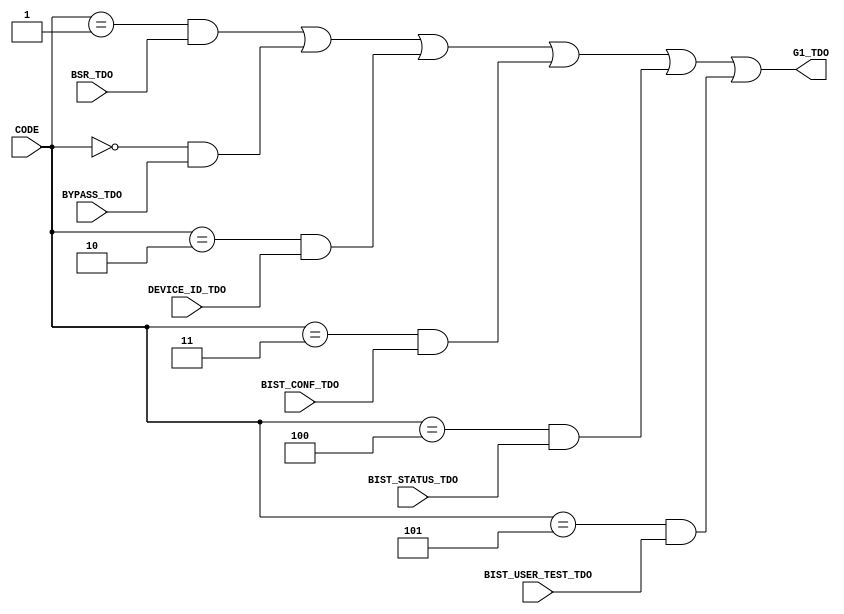
`timescale 1ns / 1ps
//////////////////////////////////////////////////////////////////////////////////
// Company: 
// Engineer: 
// 
// Design Name: 
// Module Name:    g1 
// Project Name: 
// Target Devices: 
// Tool versions: 
// Description: 
//
// Dependencies: 
//
// Revision: 
// Revision 0.01 - File Created
// Additional Comments: 
//
//////////////////////////////////////////////////////////////////////////////////
module g1(
    input [3:0] CODE,
    input DEVICE_ID_TDO,
    input BSR_TDO,
    input BYPASS_TDO,
	input BIST_CONF_TDO,
	input BIST_STATUS_TDO,
	input BIST_USER_TEST_TDO,
    output G1_TDO
    );
	 
	localparam G1_BSR = 4'h1;
	localparam G1_BYPASS = 4'h0;
	localparam G1_DEVICE_ID = 4'h2;
	localparam G1_BIST_CONF = 4'h3;
	localparam G1_BIST_STATUS = 4'h4;
	localparam G1_BIST_USER_TEST = 4'h5;
	 
	assign G1_TDO =	(CODE == G1_BSR) & BSR_TDO |
					(CODE == G1_BYPASS) & BYPASS_TDO |
					(CODE == G1_DEVICE_ID) & DEVICE_ID_TDO |
					(CODE == G1_BIST_CONF) & BIST_CONF_TDO | 
					(CODE == G1_BIST_STATUS) & BIST_STATUS_TDO |
					(CODE == G1_BIST_USER_TEST) & BIST_USER_TEST_TDO;
endmodule